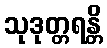
သုဒုတ္တရန္တိ